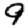
Digit: 9